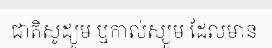
ជាតិសូដ្យូម ឬកាល់ស្យូម ដែលមាន